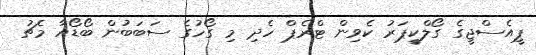
ޕީއެސްޖީގެ ގޯލްކީޕަރު ކެވިން ޓްރެޕް ހެދި މި ގޯހުގެ ސަބަބުން ބޯޑޯއާ މެޗު